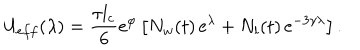
LaTeX: U _ { e f f } ( \lambda ) = \frac { \tau l _ { c } } { 6 } \mathrm { e } ^ { \varphi } \left[ N _ { w } ( t ) \, \mathrm { e } ^ { \lambda } + N _ { l } ( t ) \, \mathrm { e } ^ { - 3 \gamma \lambda } \right] .